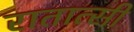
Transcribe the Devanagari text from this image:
रातात्सी